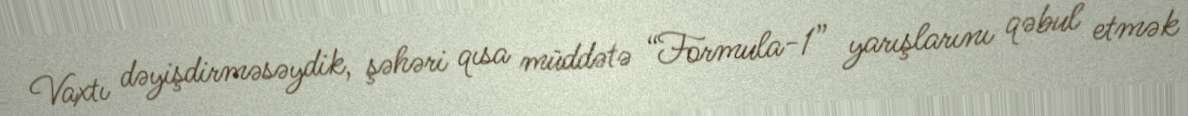
Vaxtı dəyişdirməsəydik, şəhəri qısa müddətə “Formula-1” yarışlarını qəbul etmək